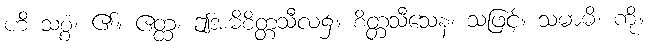
ဟိ သစ္စံ၊ ၏။ ဧတ္ထ၊ ဤအဓိစိတ္တသီလ၌။ စိတ္တသီသေန၊ သဖြင့်။ သမာဓိ၊ ကို။